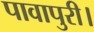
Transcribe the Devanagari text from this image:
पावापुरी।